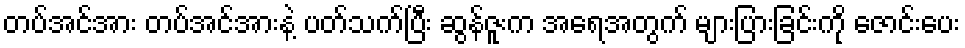
တပ်အင်အား တပ်အင်အားနဲ့ ပတ်သက်ပြီး ဆွန်ဇူးက အရေအတွက် များပြားခြင်းကို ဇောင်းပေး